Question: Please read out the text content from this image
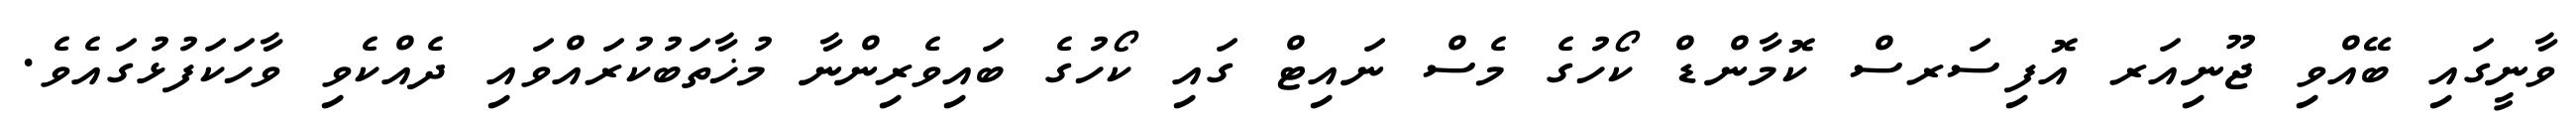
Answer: ވާނީގައި ބޭއްވި ޖޫނިއަރ އޮފިސަރސް ކޮމާންޑް ކޯހުގެ މެސް ނައިޓް ގައި ކޯހުގެ ބައިވެރިންނާ މުޚާތަބުކުރައްވައި ދެއްކެވި ވާހަކަފުޅުގައެވެ.